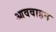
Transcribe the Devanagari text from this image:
आववाहन